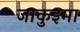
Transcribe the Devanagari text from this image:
जाकुइमा